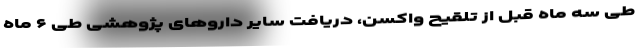
طی سه ماه قبل از تلقیح واکسن، دریافت سایر دارو‌های پژوهشی طی ۶ ماه